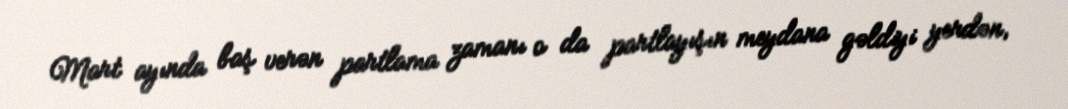
Mart ayında baş verən partlama zamanı o da partlayışın meydana gəldiyi yerdən,